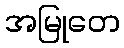
အမြုတေ